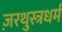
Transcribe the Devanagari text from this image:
ज़रथुस्त्रधर्म